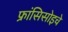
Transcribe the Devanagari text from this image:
फ्रांसिसोइचे